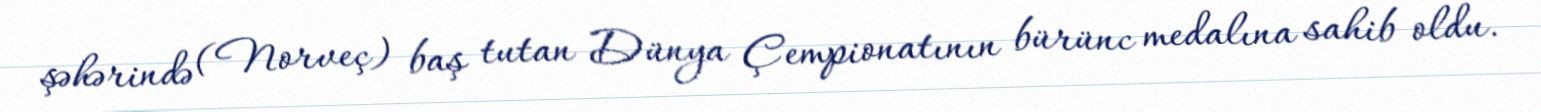
şəhərində (Norveç) baş tutan Dünya Çempionatının bürünc medalına sahib oldu.